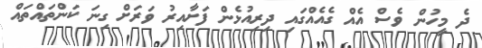
ދެ މީހުން ވެސް އެއް ގެއެއްގައި ދިރިއުޅެން ފަށާއިރު ވަރަށް ގިނަ ކަންތައްތައް